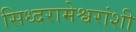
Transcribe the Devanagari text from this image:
सिध्दरामेश्वरांशी